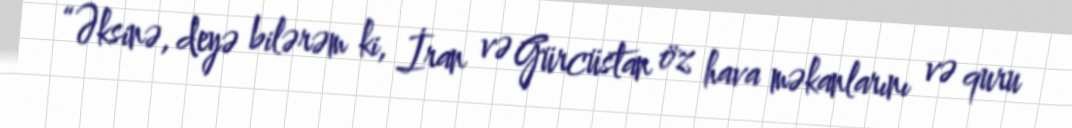
“Əksinə, deyə bilərəm ki, İran və Gürcüstan öz hava məkanlarını və quru